Bréfritari: Ólafía Samúelsdóttir
Viðtakandi: Jakobína Magnúsdóttir
Dagsetning: A-1882-08-31
Skrifað á: Eskifirði  S-Múl.

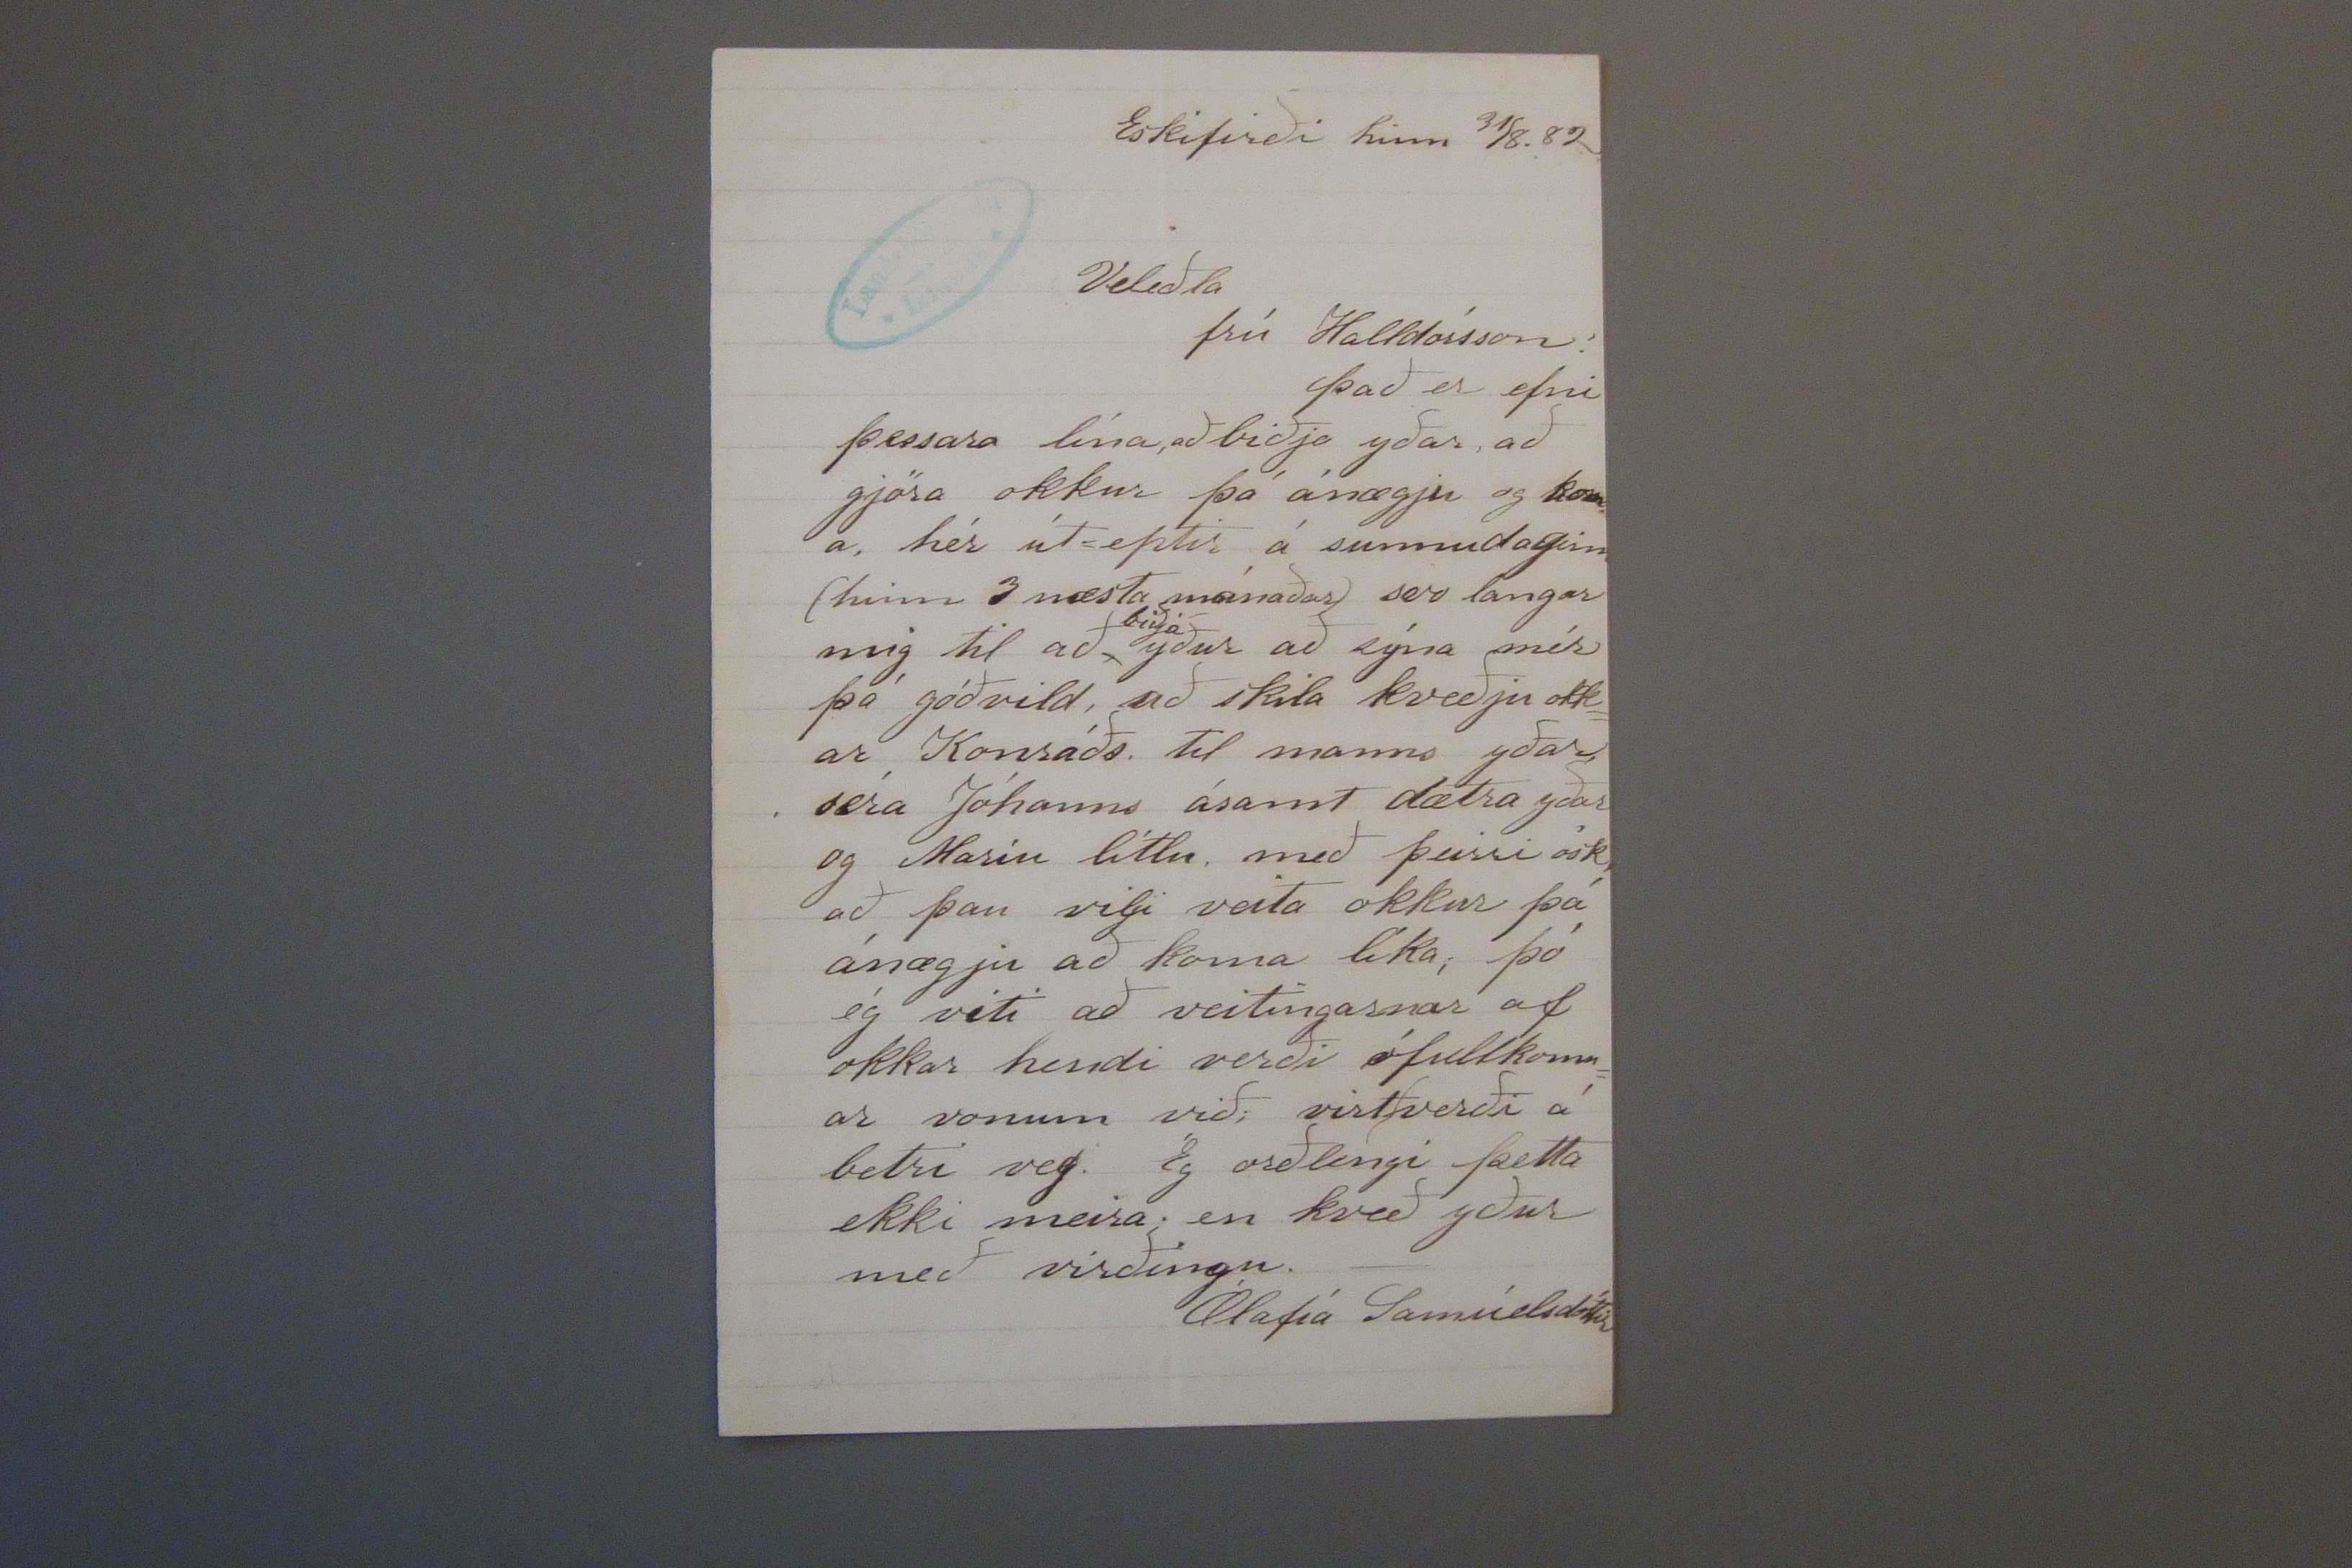

Eskifirði hinn 31/8. 82
Veliðla frú Halldórsson!
það er efni þessara lína, að biðja yðar, að gjöra okkur þá ánægju og kom= a, hér út=eptir á sunnudaginn (hinn 3 næsta mánaðar) svo langar mig til að
biðja
yður að sýna mér þá góðvild, að skila kveðju okk= ar Konráðs, til manns yðar séra Jóhanns ásamt dætra yðar og
Maríu
litlu, með þeirri ósk, að þau vilji veita okkur þá ánægju að koma líka; þó ég viti að veitingarnar af okkar hendi verði ófullkomn= ar vonum við; virt verði á betri veg. Ég orðlengi þetta ekki meira; en kveð yður með virðingu.
Ólafía Samúelsdóttir